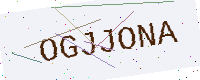
Text: OGJJONA